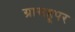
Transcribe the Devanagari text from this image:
ग्रासहूपर